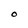
Character: O